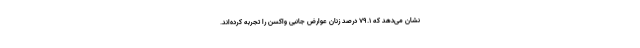
نشان می‌دهد که 79.1 درصد زنان عوارض جانبی واکسن را تجربه کرده‌اند.